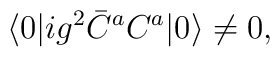
\langle 0| ig^2 \bar{C}^a C^a |0 \rangle \not= 0 ,